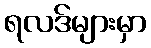
ရလဒ်များမှာ